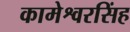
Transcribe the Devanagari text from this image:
कामेश्वरसिंह